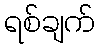
ရစ်ချက်